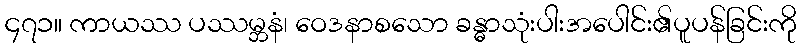
၄၇၁။ ကာယဿ ပဿမ္ဘနံ၊ ဝေဒနာစသော ခန္ဓာသုံးပါးအပေါင်း၏ပူပန်ခြင်းကို